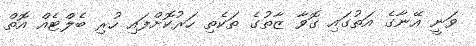
ވަނީ އޭނާގެ އަތުގައި ގޮވާ ޒާތުގެ ތަކެތި ހަރުކޮށްފައި ހުރި ބެލްޓެއް އޮތް